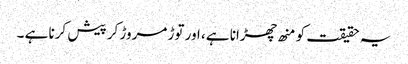
یہ حقیقت کو منھ چھڑانا ہے، اور توڑ مروڑ کر پیش کرنا ہے ۔